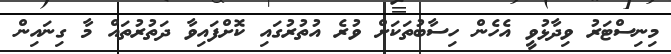
މިނިސްޓަރު ވިދާޅުވީ އެހެން ހިސާބުތަކަށް ވުރެ އުތުރުގައި ކޮށްފައިވާ ދަތުރުތައް މާ ގިނައިން